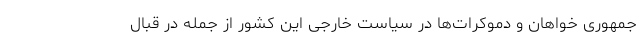
جمهوری خواهان و دموکرات‌ها در سیاست خارجی این کشور از جمله در قبال